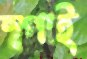
স্পাই